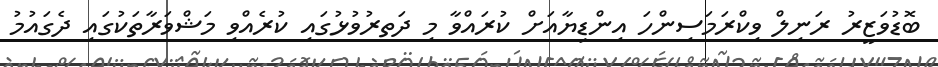
ބޮޑުވަޒީރު ރަނިލް ވިކްރަމަސިންހަ އިންޑިޔާއަށް ކުރައްވާ މި ދަތރުވުޅުގައި ކުރެއްވި މަޝްވަރާތަކުގައި ދެގައުމު